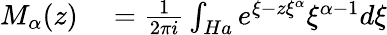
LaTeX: \begin{array}{rl}{M_{\alpha}(z)}&{{}=\frac{1}{2\pi i}\int_{Ha}e^{\xi-z\xi^{\alpha}}\xi^{\alpha-1}{d\xi}}\end{array}